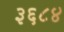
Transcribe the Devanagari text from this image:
३६८४